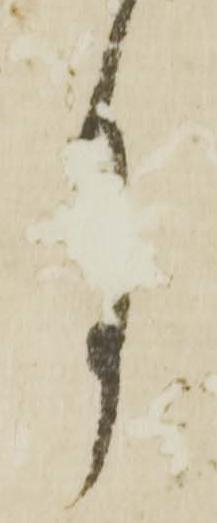
月